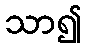
သာ၍